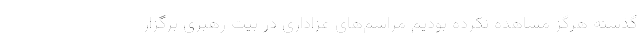
گذشته هرگز مشاهده نکرده بودیم مراسم‌های عزاداری در بیت رهبری برگزار